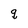
Character: q